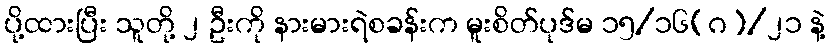
ပို့ထားပြီး သူတို့ ၂ ဦးကို နားမားရဲစခန်းက မူးစိတ်ပုဒ်မ ၁၅/၁၆(ဂ)/၂၁ နဲ့